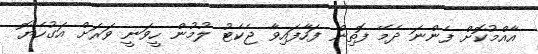
އާއްމުކޮށް ފެންނަ ދެމޭ ފޮތިން ފަހާފައިވާ ޖެކެޓު ލުމުން ހީވަނީ ވަރަށް އަގުހެޔޮ